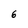
Character: 6